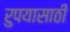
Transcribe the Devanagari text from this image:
रुपयासाठी